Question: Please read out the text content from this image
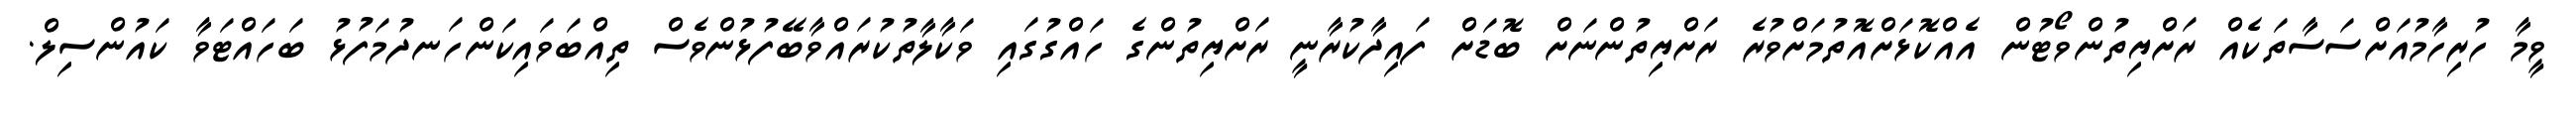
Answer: ވީމާ ހުރިހާމުއަށްސަސާތަކެއް ރަށްޔިތުންވޯޓުން އެއްކޮޅަށްއޮތުމަށްވުރެ ރަށްޔިތުންނަށް ބޮޑަށް ފައިދާކުރާނީ ރަށްޔިތުންގެ ހައްގުގައި ވަކާލާތުކުރައްވާބޭފުޅުންވެސް ތިއްބަވައިކަންހަނދުމަފުޅު ބަހައްޓަވާ ކައުންސިލް.